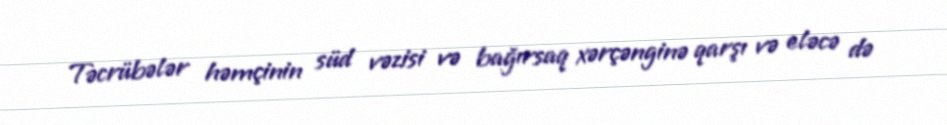
Təcrübələr həmçinin süd vəzisi və bağırsaq xərçənginə qarşı və eləcə də